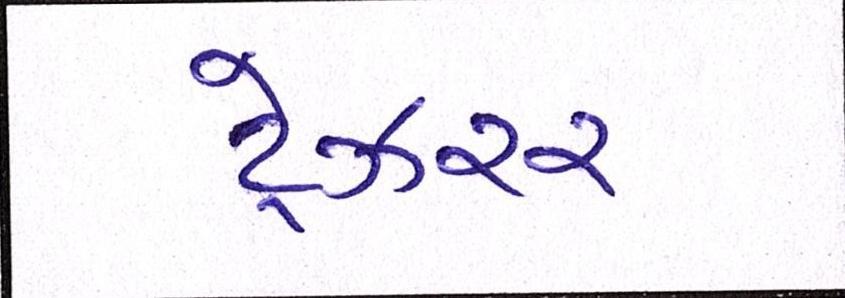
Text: ટ્રેઝરર